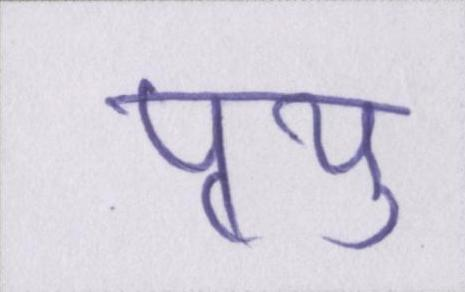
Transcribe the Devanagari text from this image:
पृथु